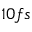
1 0 f s